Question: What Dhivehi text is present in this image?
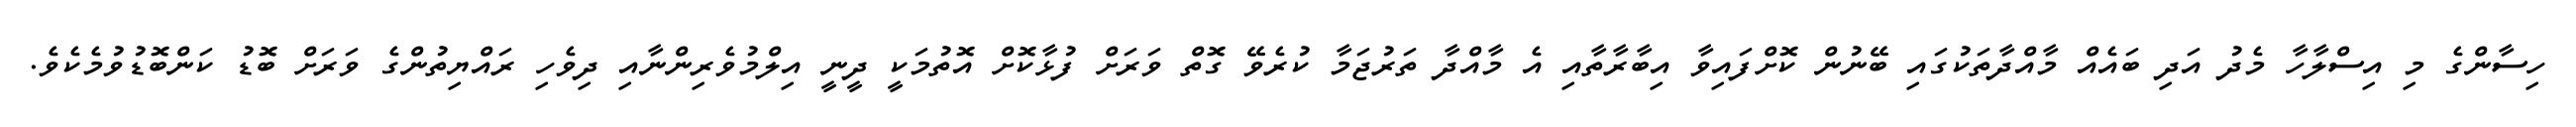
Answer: ހިސާންގެ މި އިސްލާހާ މެދު އަދި ބައެއް މާއްދާތަކުގައި ބޭނުން ކޮށްފައިވާ އިބާރާތާއި އެ މާއްދާ ތަރުޖަމާ ކުރެވޭ ގޮތް ވަރަށް ފުޅާކޮށް އޮތުމަކީ ދީނީ އިލްމުވެރިންނާއި ދިވެހި ރައްޔިތުންގެ ވަރަށް ބޮޑު ކަންބޮޑުވުމެކެވެ.